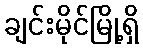
ချင်းမိုင်မြို့ရှိ